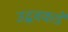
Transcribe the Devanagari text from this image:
उद्धवकडे